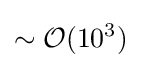
\sim {\mathcal {O}}(10^{3})